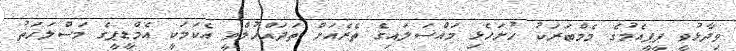
ވިދާޅުވީ ޕީޕީއެމުގެ މެމްބަރަކު ހުށަހެޅި މައްސަލައިގެ ތެރެއަށް ތަދައްހުލްވީ އެކަމަކީ އެމްޑީޕީގެ މަސްލަހަތު